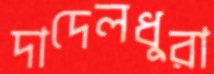
দাদেলধুরা